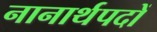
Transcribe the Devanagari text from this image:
नानार्थपदों